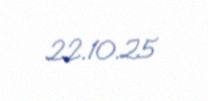
22.10.25